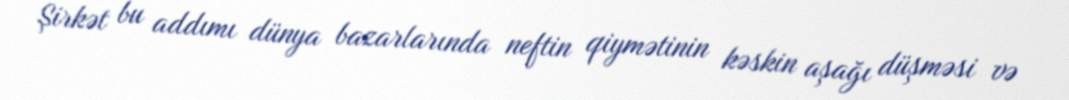
Şirkət bu addımı dünya bazarlarında neftin qiymətinin kəskin aşağı düşməsi və